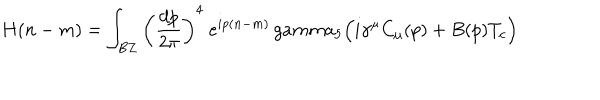
LaTeX: H ( n - m ) = \int _ { B Z } \left( { \frac { d p } { 2 \pi } } \right) ^ { 4 } \ e ^ { i p ( n - m ) } \, g a m m a _ { 5 } \Bigl ( i \gamma ^ { \mu } C _ { \mu } ( p ) + B ( p ) T _ { c } \Bigr )